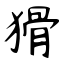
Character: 猾